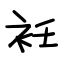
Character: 衽